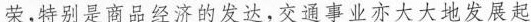
荣，特别是商品经济的发达，交通事业亦大大地发展起